Assam Mental Hospital (Tezpur, India) - 1933-1948
Year: 1933
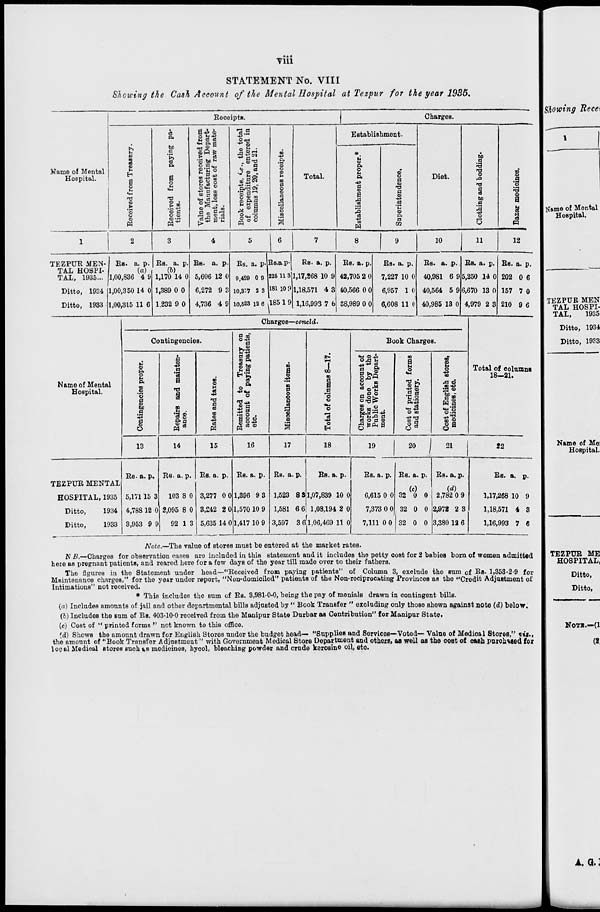
viii
STATEMENT No. VIII
Showing the Cash Account of the Mental Hospital at Tezpur for the year 1935.
Name of Mental
Hospital.
1
TEZPUR MEN-
TAL HOSPI-
TAL, 1935...
Ditto, 1934
Ditto, 1933
Receipts.
Received from Treasury.
2
Rs.
1,00,836
1,00,350
1,00,315
a.
(a)
4
14
11
p.
9
0
6
Received from paying pa-
tients.
3
Rs.
1,170
1,389
1,232
a.
(b)
14
0
9
p.
0
0
0
Value of stores received from
the Manufacturing Depart-
ment, less cost of raw mate-
rials.
4
Rs.
5,606
6,272
4,736
a.
12
9
4
p.
0
3
9
Book receipts, i.e., the total
of expenditure entered in
columns 19, 20, and 21.
5
Rs.
9,429
10,377
10,523
a.
0
2
12
p.
9
3
6
Miscellaneous receipts.
6
Rs.
225
181
185
a.
11
10
1
p.
3
9
9
Total.
7
Rs.
1,17,268
1,18,571
1,16,993
a.
10
4
7
p.
9
3
6
Charges.
Establishment.
Establishment proper.*
8
Rs.
42,705
40,566
38,989
a.
2
0
0
p.
0
0
0
Superintendence.
9
Rs.
7,227
6,957
6,608
a.
10
1
11
p.
0
0
0
Diet.
10
Rs.
40,981
40,564
40,985
a.
6
5
13
p.
9
9
0
Clothing and bedding.
11
Rs.
5,250
6,670
4,979
a.
14
13
2
p.
0
0
3
Bazar medicines.
12
Rs.
202
157
210
a.
0
7
9
p.
6
0
6
Name of Mental
Hospital.
TEZPUR MENTAL
HOSPITAL, 1935
Ditto,
1934
Ditto,
1933
Charges—concld.
Contingencies.
Contingencies proper.
13
Rs.
5,171
4,788
3,953
a.
15
12
9
p.
3
0
9
Repairs and mainten-
ance.
14
Rs.
103
2,095
92
a.
8
8
1
p.
0
0
3
Rates and taxes.
15
Rs.
3,277
3,242
5,635
a.
0
2
14
p.
0
0
0
Remitted to Treasury on
account of paying patients,
etc.
16
Rs.
1,396
1,570
1,417
a.
9
10
10
p.
3
9
9
Miscellaneous items.
17
Rs.
1,523
1,581
3,597
a.
8
6
3
p.
3
6
6
Total of columns 8—17.
18
Rs.
1,07,839
1,08,194
1,06,469
a.
10
2
11
p.
0
0
0
Book Charges.
Charges on account of
works done by the
Public Works Depart-
ment.
19
Rs.
6,615
7,373
7,111
a.
0
0
0
p.
0
0
0
Cost of printed forms
and stationery.
20
Rs.
32
32
32
a.
(c)
0
0
0
p.
0
0
0
Cost of English stores,
medicines, etc.
21
Rs.
2,782
2,972
3,380
a.
(d) 0
2
12
p.
9
3
6
Total of columns
18—21.
22
Rs.
1,17,268
1,18,571
1,16,993
a.
10
4
7
p.
9
3
6
Note.—The value of stores must be entered at the market rates.
N. B.—Charges for observation cases are included in this statement and it includes the petty cost for 2 babies born of women admitted
here as pregnant patients, and roared here for a few days of the year till made over to their fathers.
The figures in the Statement under head—"Received from paying patients" of Column 3, exclude the sum of Rs. 1,353-2-9 for
Maintenance charges," for the year under report, "Non-domiciled" patients of the Non-reciprocating Provinces as the "Credit Adjustment of
Intimations" not received.
* This includes the sum of Rs. 3,981-0-0, being the pay of menials drawn in contingent bills.
(a) Includes amounts of jail and other departmental bills adjusted by "Book Transfer" excluding only those shewn against note (d) below.
(b) Includes the sum of Rs. 403-10-0 received from the Manipur State Durbar as Contribution" for Manipur State.
(c) Cost of "printed forms" not known to this office.
(d) Shows the amount drawn for English Stores under the budget head— "Supplies and Services—Voted— Value of Medical Stores," viz.,
the amount of "Book Transfer Adjustment" with Government Medical Store Department and others, as well as the cost of cash purchased for
local Medical stores such as medicines, hycol, bleaching powder and crude kerosine oil, etc.